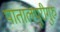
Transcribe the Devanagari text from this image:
पातालपुरीगुरु